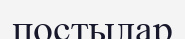
постылар